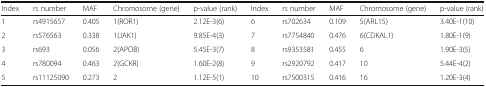
| Index | rs number | MAF | Chromosome (gene) | p-value (rank) | Index | rs number | MAF | Chromosome (gene) | p-value (rank) |
 | --- | --- | --- | --- | --- | --- | --- | --- | --- | --- |
 | 1 | rs4915657 | 0.405 | 1(ROR1) | 2.12E-3(6) | 6 | rs702634 | 0.109 | 5(ARL15) | 3.40E-1(10) |
 | 2 | rs576563 | 0.338 | 1(JAK1) | 9.85E-4(3) | 7 | rs7754840 | 0.476 | 6(CDKAL1) | 1.80E-1(9) |
 | 3 | rs693 | 0.056 | 2(APOB) | 5.45E-3(7) | 8 | rs9353581 | 0.455 | 6 | 1.90E-3(5) |
 | 4 | rs780094 | 0.463 | 2(GCKR) | 1.60E-2(8) | 9 | rs2920792 | 0.417 | 10 | 5.44E-4(2) |
 | 5 | rs11125090 | 0.273 | 2 | 1.12E-5(1) | 10 | rs7500315 | 0.416 | 16 | 1.20E-3(4) |